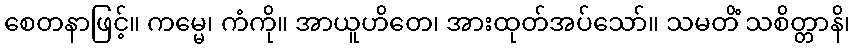
စေတနာဖြင့်။ ကမ္မေ၊ ကံကို။ အာယူဟိတေ၊ အားထုတ်အပ်သော်။ သမတိံ သစိတ္တာနိ၊